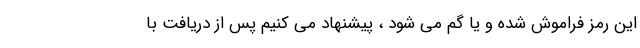
این رمز فراموش شده و یا گم می شود ، پیشنهاد می کنیم پس از دریافت با